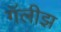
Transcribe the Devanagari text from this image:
गॅलीझ